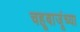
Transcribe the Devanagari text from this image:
चहूबाजूंच्या